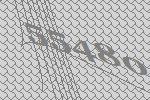
55480